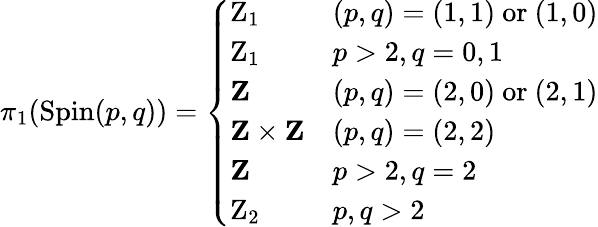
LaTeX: \pi_{1}({\mathrm{Spin}}(p,q))={\left\{ \begin{array}{ll}{\mathrm{Z}_{1}}&{(p,q)=(1,1){\mathrm{~or~}}(1,0)}\\ {\mathrm{Z}_{1}}&{p>2,q=0,1}\\ {\mathbf{Z}}&{(p,q)=(2,0){\mathrm{~or~}}(2,1)}\\ {\mathbf{Z}\times\mathbf{Z}}&{(p,q)=(2,2)}\\ {\mathbf{Z}}&{p>2,q=2}\\ {\mathrm{Z}_{2}}&{p,q>2}\end{array}\right.}